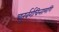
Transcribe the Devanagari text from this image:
चतुर्वर्गचिन्तामणि